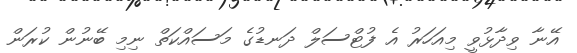
އޭނާ ވިދާޅުވީ މިއަހަރު އެ ފުޓްސަލް ދަނޑުގެ މަސައްކަތް ނިމި ބޭނުން ކުރަން